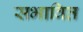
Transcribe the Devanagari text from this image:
सभावित